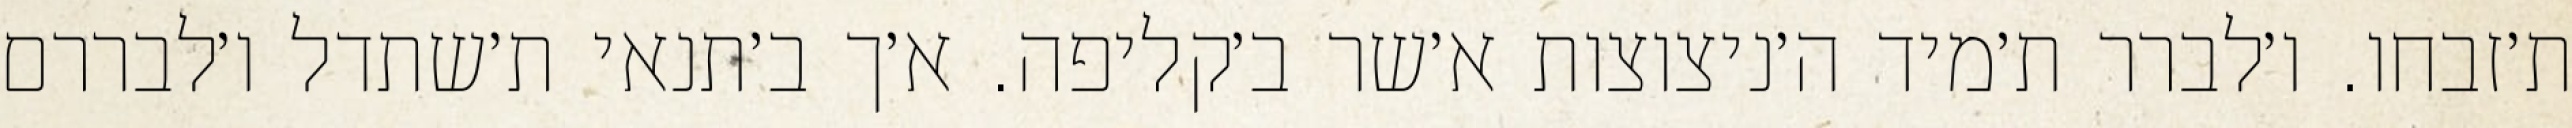
ת׳זבחו. ו׳לברר ת׳מיד ה׳ניצוצות א׳שר ב׳קליפה. א׳ך ב׳תנאי ת׳שתדל ו׳לבררם